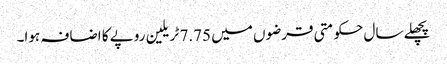
پچھلے سال حکومتی قرضوں میں 7.75 ٹریلین روپے کا اضافہ ہوا۔